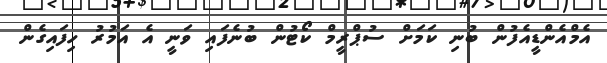
އެމްއެންޑީއެފުން ބުނި ކަމަށް ސުޕްރީމް ކޯޓުން ބުނެފައި ވަނީ އެ އަމުރު ހިފައިގެން